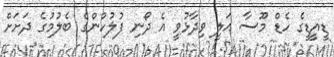
ޑީއީޑީގެ ހެޑް މޫސާ އަލީ ވިދާޅުވީ އެ ދޯނި ފުލުހުންގެ ބެލުމުގެ ދަށަށް